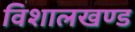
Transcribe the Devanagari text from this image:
विशालखण्ड